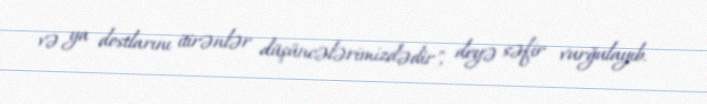
və ya dostlarını itirənlər düşüncələrimizdədir", deyə səfir vurğulayıb.